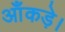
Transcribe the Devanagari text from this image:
आँकड़े।